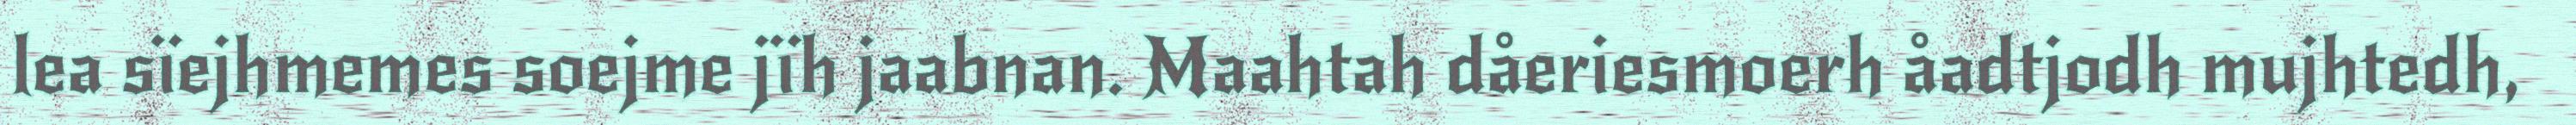
lea sïejhmemes soejme jïh jaabnan. Maahtah dåeriesmoerh åadtjodh mujhtedh,